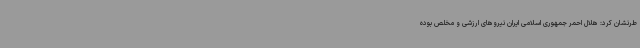
طرنشان کرد: هلال احمر جمهوری اسلامی ایران نیروهای ارزشی و مخلص بوده